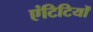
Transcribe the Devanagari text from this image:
एंटिटियों